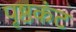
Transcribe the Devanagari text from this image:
पृष्ठकंट